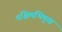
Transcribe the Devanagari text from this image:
पश्चिमभिमुख